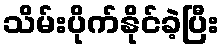
သိမ်းပိုက်နိုင်ခဲ့ပြီး